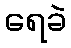
ရေခဲ